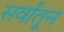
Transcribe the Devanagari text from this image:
सर्वांतून